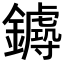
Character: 𨮡